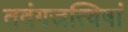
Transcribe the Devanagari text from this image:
तदंगजत्विषां